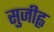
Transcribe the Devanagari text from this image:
सुजीह्व